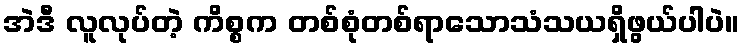
အဲဒီ လူလုပ်တဲ့ ကိစ္စက တစ်စုံတစ်ရာသောသံသယရှိဖွယ်ပါပဲ။